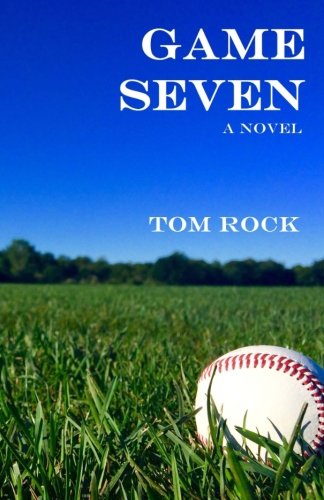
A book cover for Game Seven; Tom Rock; Literature & Fiction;